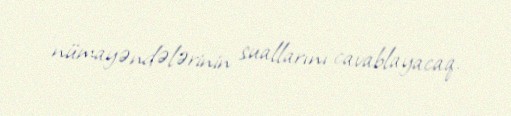
nümayəndələrinin suallarını cavablayacaq.